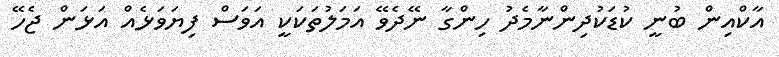
އާކްއިން ބުނީ ކުޑަކުދިންނާމެދު ހިންގާ ނޭދެވޭ އަމަލުތަކަކީ އަވަސް ފިޔަވަޅެއް އަޅަން ޖެހޭ